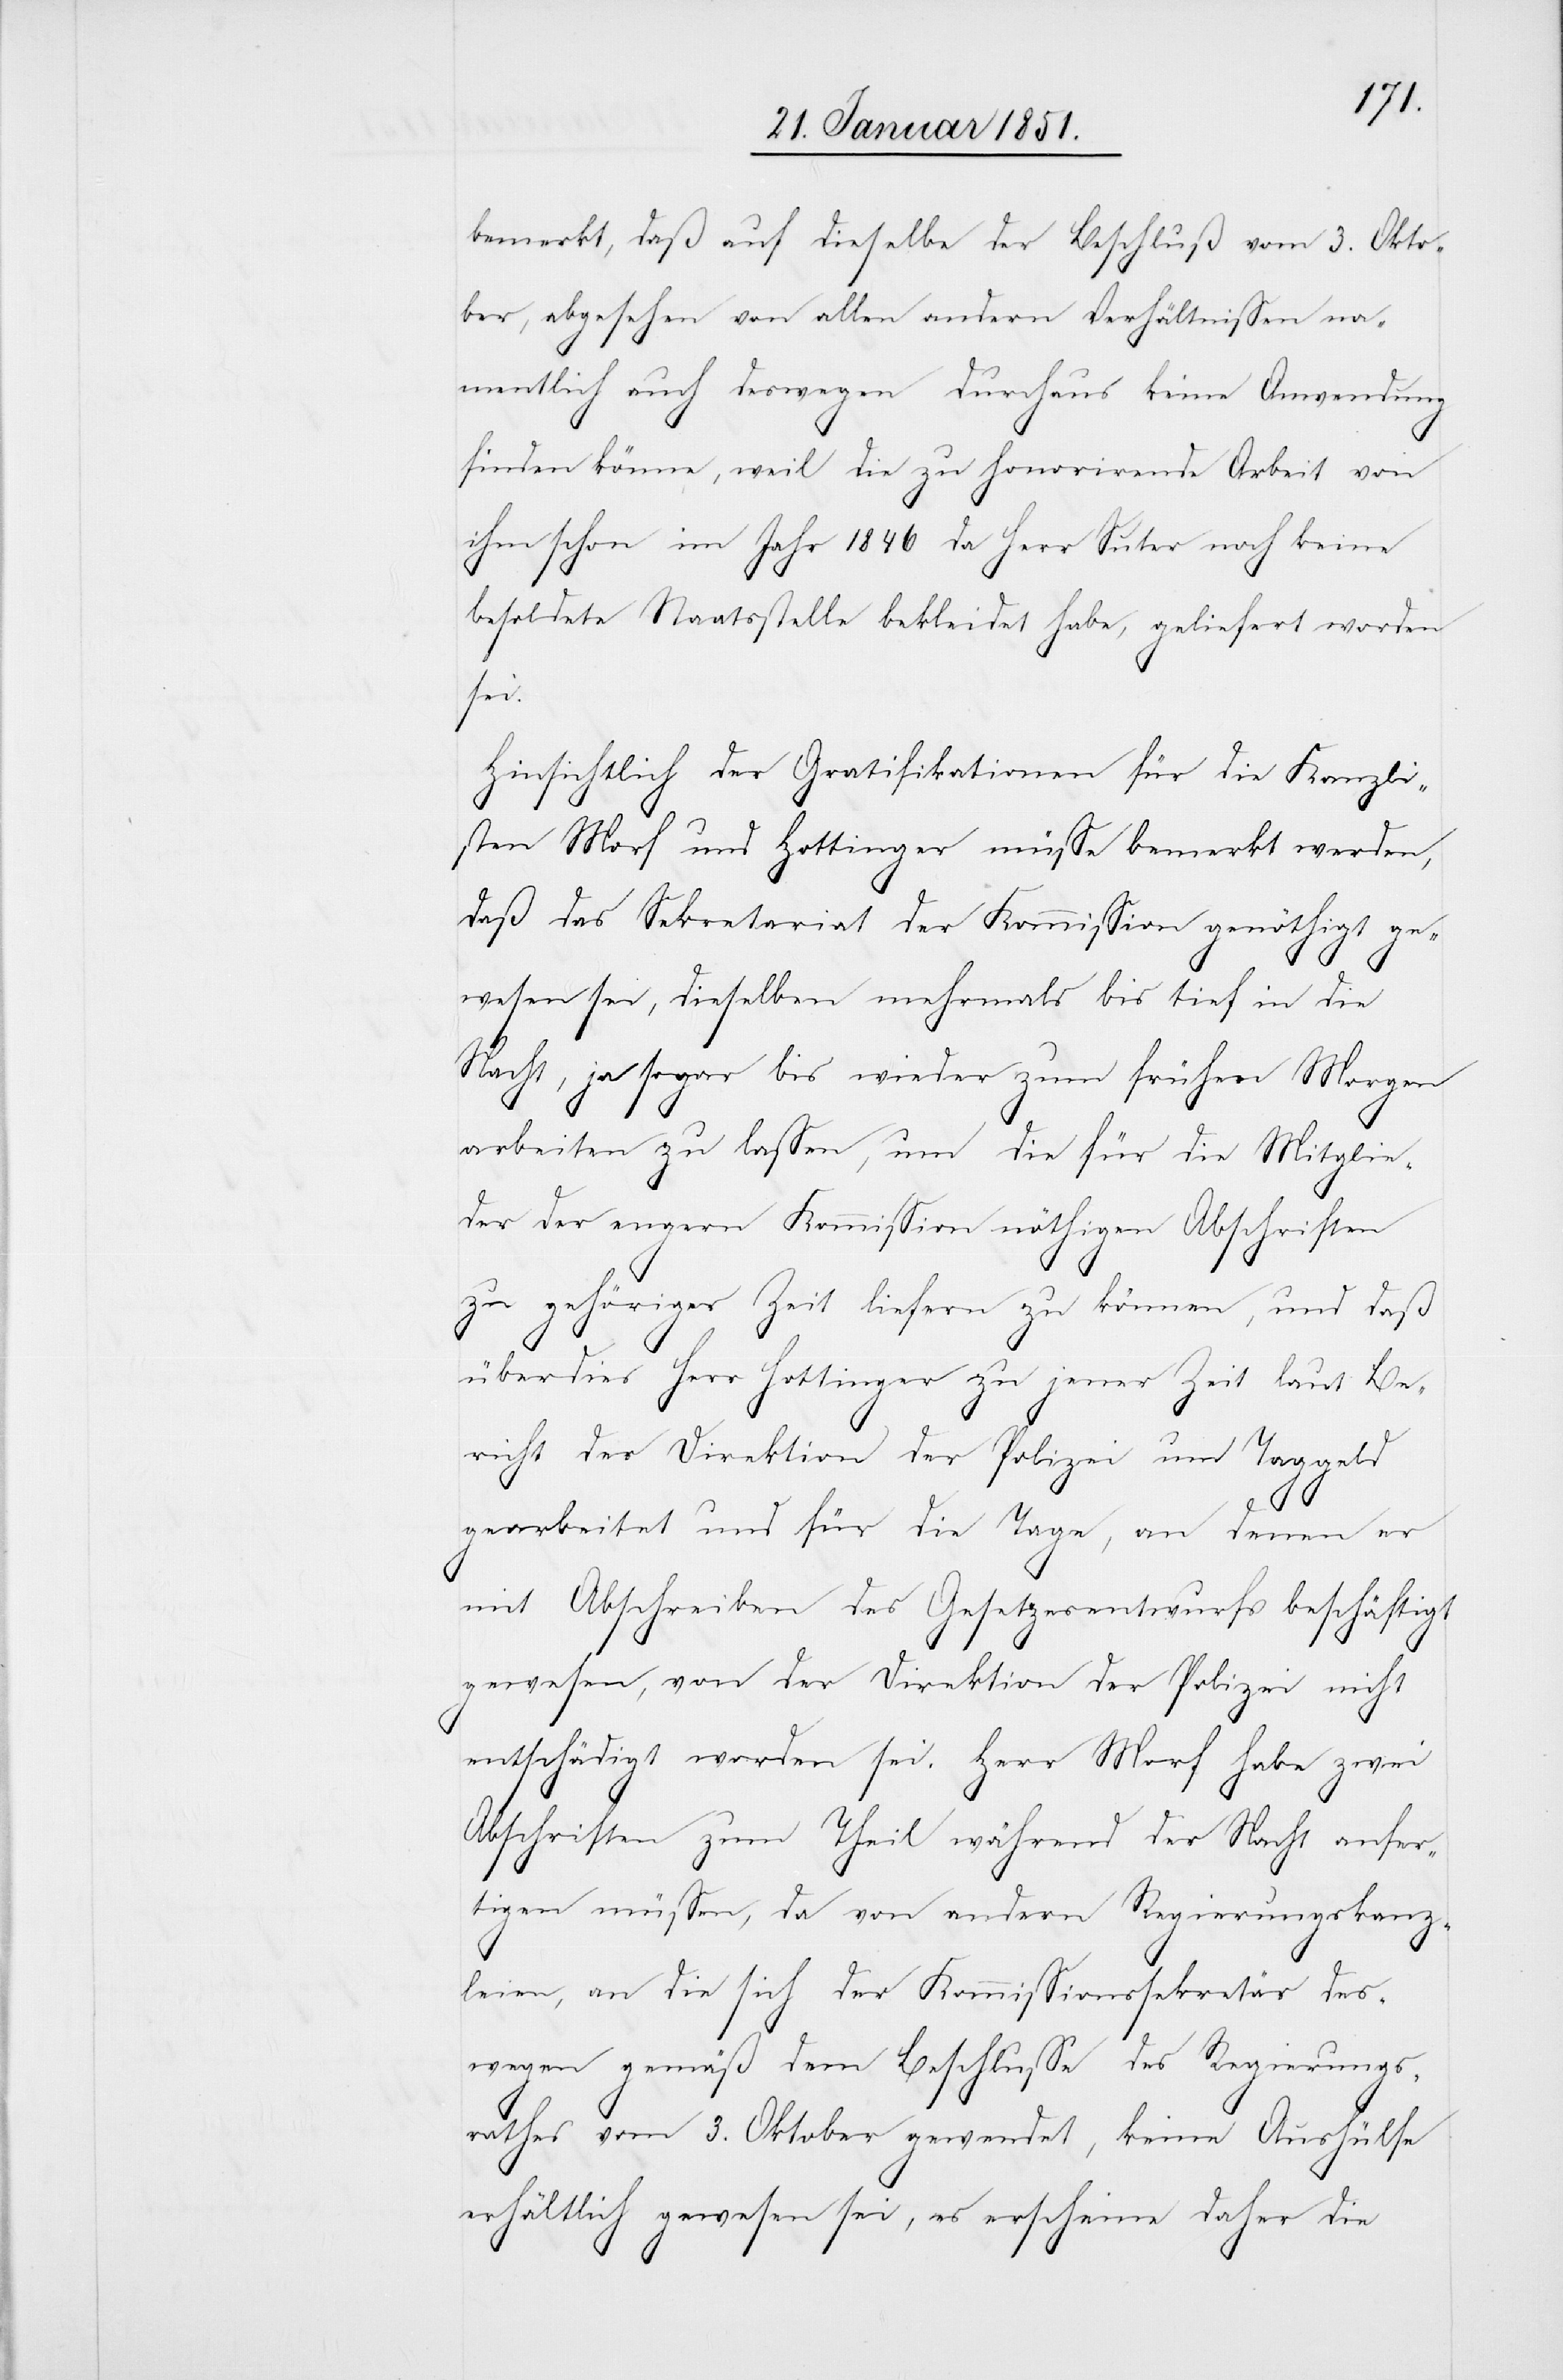
bemerkt, daß auf dieselbe der Beschluß vom 3. Okto¬
ber, abgesehen von allen andern Verhältnissen na¬
mentlich auch deswegen durchaus keine Anwendung
finden könne, weil die zu honorirende Arbeit von
ihm schon im Jahr 1846 da Herr Suter noch keine
besoldete Staatsstelle bekleidet habe, geliefert worden
sei.
Hinsichtlich der Gratifikationen für die Kanzli¬
sten Morf und Hottinger müsse bemerkt werden,
daß das Sekretariat der Kommission genöthigt ge¬
wesen sei, dieselben mehrmals bis tief in die
Nacht, ja sogar bis wieder zum frühen Morgen
arbeiten zu lassen, um die für die Mitglie¬
der der engern Kommission nöthigen Abschriften
zu gehöriger Zeit liefern zu können, und daß
überdies Herr Hottinger zu jener Zeit laut Be¬
richt der Direktion der Polizei um Taggeld
gearbeitet und für die Tage, an denen er
mit Abschreiben des Gesetzesentwurfs beschäftigt
gewesen, von der Direktion der Polizei nicht
entschädigt worden sei. Herr Morf habe zwei
Abschriften zum Theil während der Nacht anfer¬
tigen müssen, da von andern Regierungskanz¬
leien, an die sich der Kommissionssekretär des¬
wegen gemäß dem Beschlusse des Regierungs¬
rathes vom 3. Oktober gewendet, keine Aushülfe
erhältlich gewesen sei, es erscheine daher die